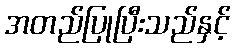
အတည်ပြုပြီးသည်နှင့်